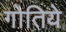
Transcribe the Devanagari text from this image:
गोतिये